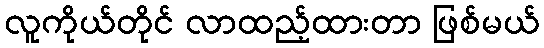
လူကိုယ်တိုင် လာထည့်ထားတာ ဖြစ်မယ်